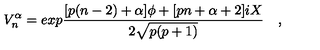
V _ { n } ^ { \alpha } = e x p { \frac { [ p ( n - 2 ) + \alpha ] \phi + [ p n + \alpha + 2 ] i X } { 2 \sqrt { p ( p + 1 ) } } } \quad ,